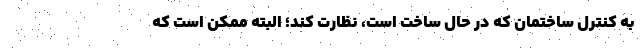
به کنترل ساختمان که در حال ساخت است، نظارت کند؛ البته ممکن است که